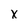
Character: X